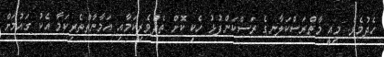
ހެދުމެވެ. މިއީ މާތްރަސްކަލާނގެ ރަސްކަންފުޅު ހެކި ކޮށް ތެދުވެރިކަމާއި އަމާނާތްތެރިކަމާ އެކު ގައުމަށް